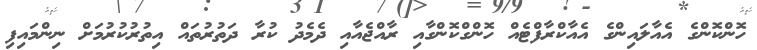
ހޮންކޮންގެ އެއާލައިންގެ އެއާކްރާފްޓެއް ހޮންގްކޮންގާއި ރާއްޖެއާއި ދެމެދު ކުރާ ދަތުރުތައް އިތުރުކުރުމަށް ނިންމައިފި